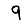
Digit: 9